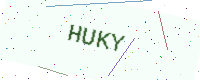
Text: HUKY